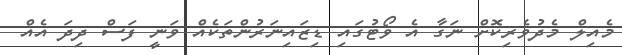
މެއިލް މެދުވެރިކޮށް ނަގާ އެ ވޯޓުގައި ޑިޒައިނަރުންތަކެއް ވަނީ ފަސް ދިދަ އެއް